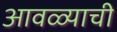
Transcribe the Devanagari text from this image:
आवळ्याची